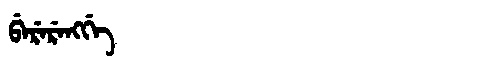
Manchu: ᠪᡝᡵᡝᡵᡝᠩᡤᡝ
Romanization: BERERENGGE